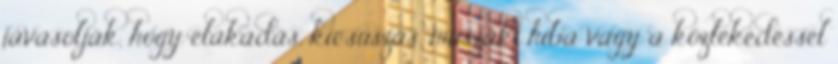
javasolják, hogy elakadás, kicsúszás, műszaki hiba vagy a közlekedéssel